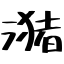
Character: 潴